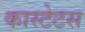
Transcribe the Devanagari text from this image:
कास्टेटस